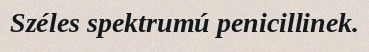
Széles spektrumú penicillinek.